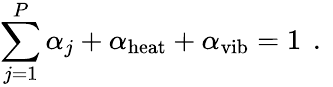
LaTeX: \sum_{j=1}^{P}\alpha_{j}+\alpha_{\mathrm{heat}}+\alpha_{\mathrm{vib}}=1\, \mathrm{~.~}